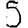
Digit: 5